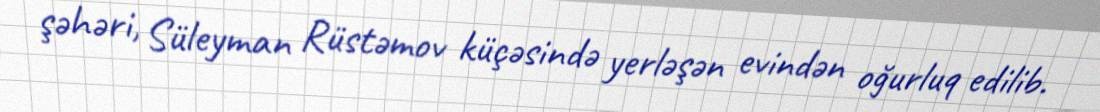
şəhəri, Süleyman Rüstəmov küçəsində yerləşən evindən oğurluq edilib.